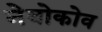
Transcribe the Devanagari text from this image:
नेबोकोव